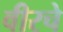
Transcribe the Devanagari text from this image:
वीरचे